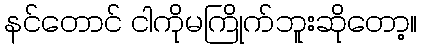
နင်တောင် ငါကိုမကြိုက်ဘူးဆိုတော့။